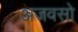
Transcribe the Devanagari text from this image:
अजवसो